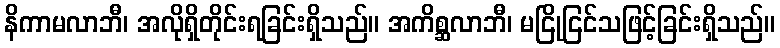
နိကာမလာဘီ၊ အလိုရှိတိုင်းရခြင်းရှိသည်။ အကိစ္ဆလာဘီ၊ မငြိုငြင်သဖြင့်ခြင်းရှိသည်။